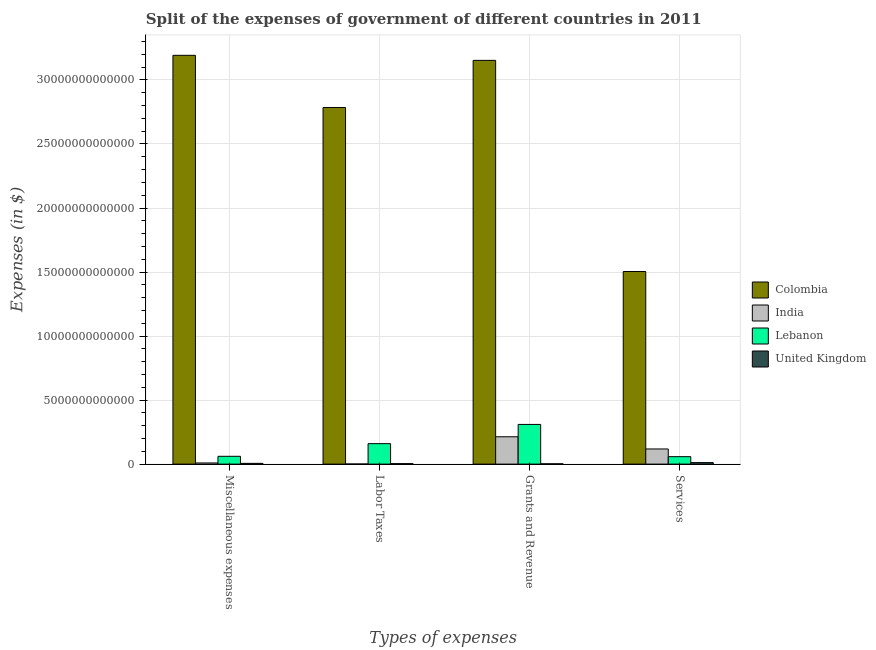
| Types of expenses | Colombia | India | Lebanon | United Kingdom |
 | --- | --- | --- | --- | --- |
 | Miscellaneous expenses | 3.19e+13 | 8.96e+10 | 6.1e+11 | 5.83e+10 |
 | Labor Taxes | 2.78e+13 | 8.41e+09 | 1.6e+12 | 3.68e+10 |
 | Grants and Revenue | 3.15e+13 | 2.14e+12 | 3.1e+12 | 2.42e+10 |
 | Services | 1.5e+13 | 1.18e+12 | 5.82e+11 | 1.18e+11 |